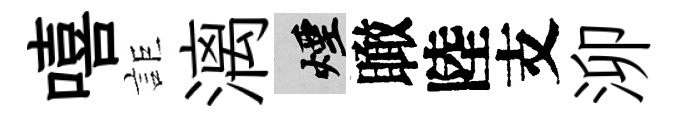
嘻詎漓煙瞰陸支泖